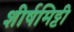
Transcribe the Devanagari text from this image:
शीर्षमिट्टी